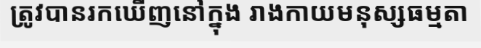
ត្រូវបានរកឃើញនៅក្នុង រាងកាយមនុស្សធម្មតា